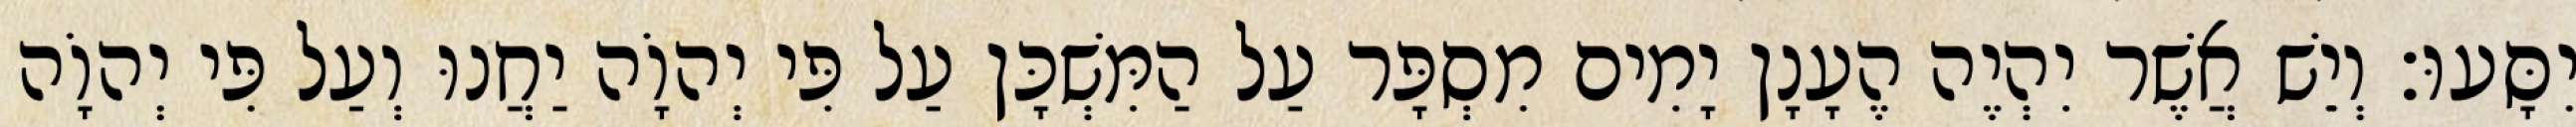
יִסָּעוּ׃ וְיֵשׁ אֲשֶׁר יִהְיֶה הֶעָנָן יָמִים מִסְפָּר עַל הַמִּשְׁכָּן עַל פִּי יְהוָֹה יַחֲנוּ וְעַל פִּי יְהוָֹה